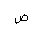
Letter: _sad